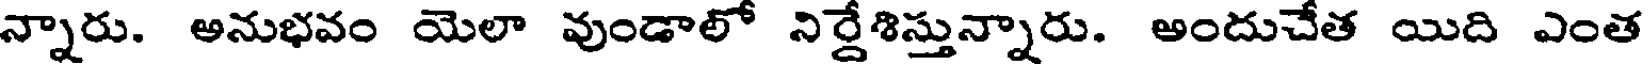
న్నారు. అనుభవం యెలా వుండాలో నిర్దేశిస్తున్నారు. అందుచేత యిది ఎంత